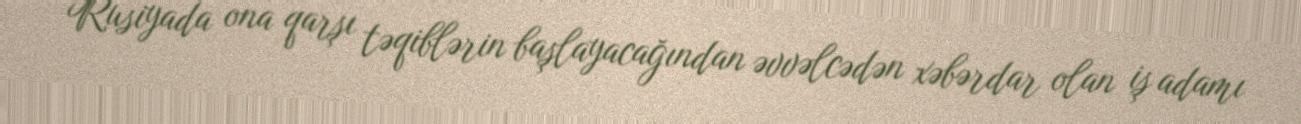
Rusiyada ona qarşı təqiblərin başlayacağından əvvəlcədən xəbərdar olan iş adamı